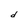
Character: d